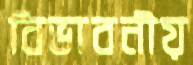
বিভাবনীয়